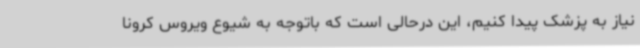
نیاز به پزشک پیدا کنیم، این درحالی است که باتوجه به شیوع ویروس کرونا